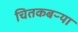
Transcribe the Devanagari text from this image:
चितकबऱ्या